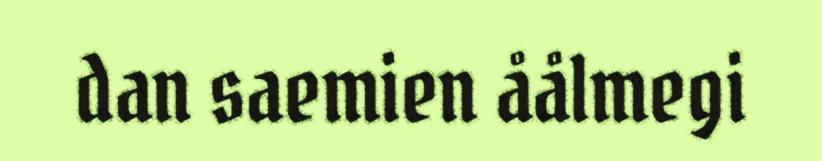
dan saemien åålmegi